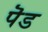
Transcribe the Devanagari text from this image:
पॆड